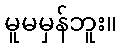
မူမမှန်ဘူး။